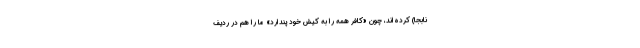
نابجا) کرده‌اند، چون «کافر همه را به کیش خود پندارد» ما را هم در ردیف